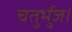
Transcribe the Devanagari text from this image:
चतुर्भुज।